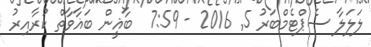
ލަލަލާ ސެޕްޓެމްބަރު 5